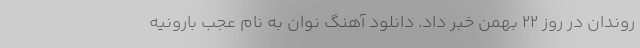
روندان در روز ۲۲ بهمن خبر داد. دانلود آهنگ نوان به نام عجب بارونیه